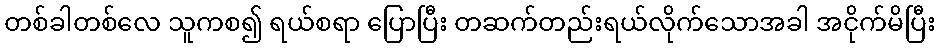
တစ်ခါတစ်လေ သူကစ၍ ရယ်စရာ ပြောပြီး တဆက်တည်းရယ်လိုက်သောအခါ အငိုက်မိပြီး